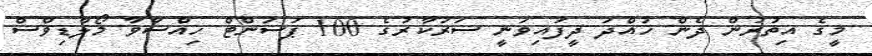
މީގެ އިތުރުން ދެން ހުއްދަ ދީފައިވަނީ ސަރުކާރުގެ 100 ޕަސަންޓް ހިއްސާވާ މޯލްޑިވްސް